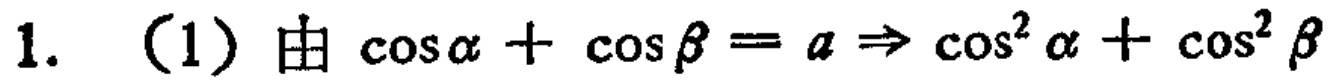
1. （1）由\(\cos\alpha+\cos\beta = a\Rightarrow\cos^{2}\alpha+\cos^{2}\beta\)